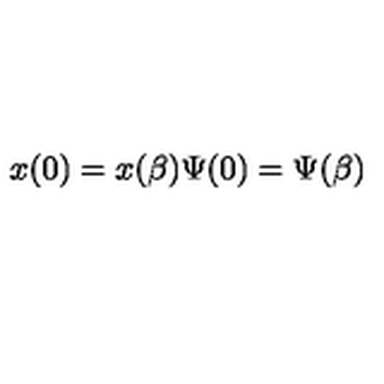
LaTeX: x ( 0 ) = x ( \beta ) \Psi ( 0 ) = \Psi ( \beta )